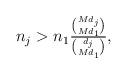
LaTeX: \begin{align*}n_j > n_1 \tfrac{\binom{Md_j}{Md_1}}{\binom{d_j}{Md_1}},\end{align*}